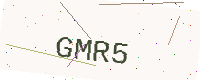
Text: GMR5